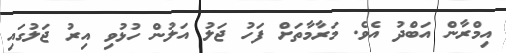
އިމްރާން އަބްދު އެވެ. މަރާމާތަށް ފަހު ޖަލު އަލުން ހުޅުވި އިރު ޖަލުގައި